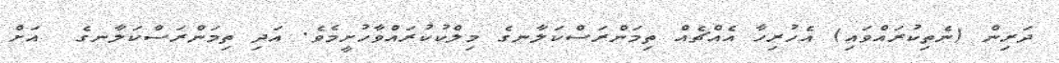
ދަރިން (ނެތިކުރައްވައި) އެހުރިހާ އެއްޗެއް ތިމަންރަސްކަލާނގެ މިލްކުކުރައްވާހުށީމެވެ. އަދި ތިމަންރަސްކަލާނގެ  އަށް